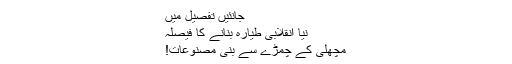
جانئیں تفصیل میں
نیا انقلابی طیارہ بنانے کا فیصلہ
مچھلی کے چمڑے سے بنی مصنوعات!